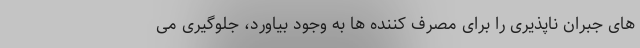
های جبران ناپذیری را برای مصرف کننده ها به وجود بیاورد، جلوگیری می